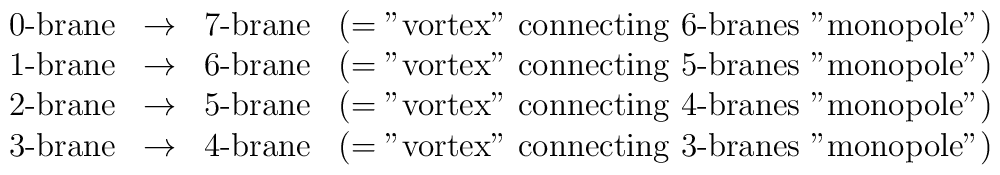
\begin{array}{cccc}\mbox{0-brane} &\rightarrow & \mbox{7-brane} &(= \mbox{"vortex" connecting 6-branes "monopole"}) \\\mbox{1-brane} &\rightarrow & \mbox{6-brane} &(= \mbox{"vortex" connecting 5-branes "monopole"})  \\\mbox{2-brane} &\rightarrow & \mbox{5-brane} &(= \mbox{"vortex" connecting 4-branes "monopole"})  \\\mbox{3-brane} &\rightarrow & \mbox{4-brane} &(= \mbox{"vortex" connecting 3-branes "monopole"})\end{array}